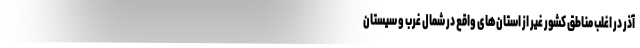
آذر در اغلب مناطق کشور غیر از استان‌های واقع در شمال غرب و سیستان